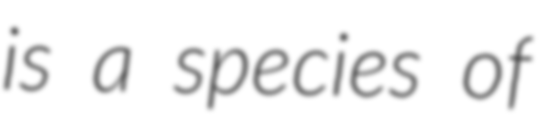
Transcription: is a species of